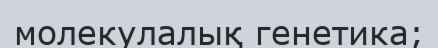
молекулалық генетика;